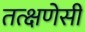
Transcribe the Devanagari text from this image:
तत्क्षणेसी